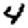
Digit: 4